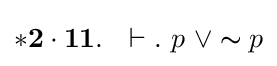
\mathbf {*2\cdot 11} .\ \ \vdash .\ p\ \vee \thicksim p